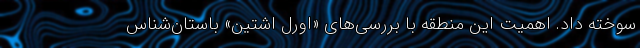
سوخته داد. اهمیت این منطقه با بررسی‌های «اورِل اِشتِین» باستان‌شناس